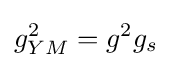
g_{YM}^{2}=g^{2}g_{s}